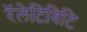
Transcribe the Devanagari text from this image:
रॅलेटिविटि